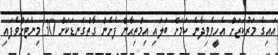
އައިގެ މަރުކަޒަށް އެހީވެވިދާނެ ކަމަށް ބަލައި އިމްތިޙާން ފެށެން ގާތްގަނޑަކަށް 30 މިނެޓަށްވެފައި